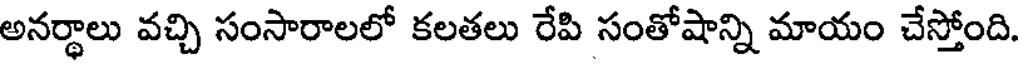
అనర్థాలు వచ్చి సంసారాలలో కలతలు రేపి సంతోషాన్ని మాయం చేస్తోంది.